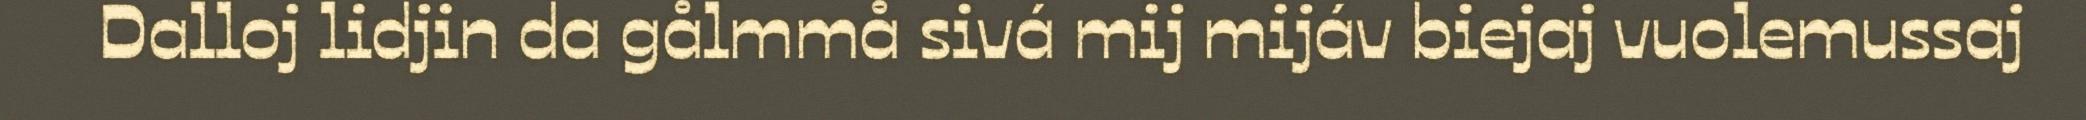
Dalloj lidjin da gålmmå sivá mij mijáv biejaj vuolemussaj